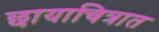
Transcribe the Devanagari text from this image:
छायाचित्रात